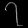
Digit: ၇